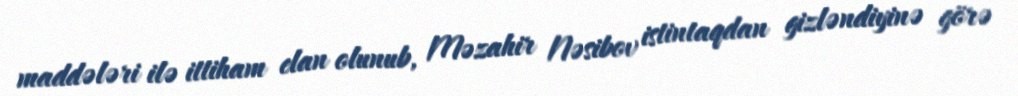
maddələri ilə ittiham elan olunub, Məzahir Nəsibov istintaqdan gizləndiyinə görə